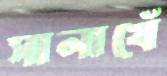
সালাখেঁ